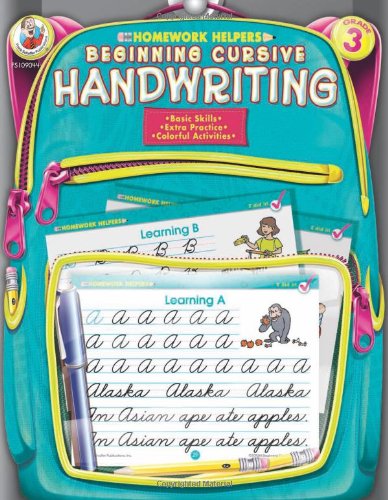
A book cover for Beginning Cursive Handwriting, Grade 3 (Homework Helper); Children's Books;